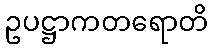
ဥပဋ္ဌာကတရောတိ